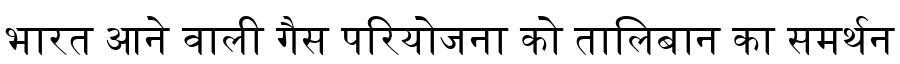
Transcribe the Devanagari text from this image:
भारत आने वाली गैस परियोजना को तालिबान का समर्थन